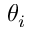
\theta _ { i }